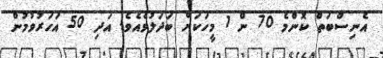
އެނިސްބަތް ކޮންމެ 70 ން 1 މީހަކަށް ބަދަލުވެއެވެ. އަދި 50 އަހަރުވުމުން